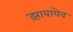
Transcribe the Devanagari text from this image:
झ़ाबायेव